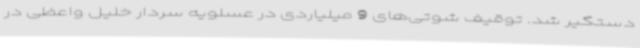
دستگیر شد. توقیف شوتی‌های 9 میلیاردی در عسلویه سردار خلیل واعظی در